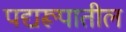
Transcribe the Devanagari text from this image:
पद्यरूपातील